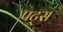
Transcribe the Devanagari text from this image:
पट्स